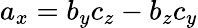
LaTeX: a_{x}=b_{y}c_{z}-b_{z}c_{y}